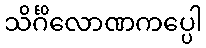
သိင်္ဂိလောဏကပ္ပေါ